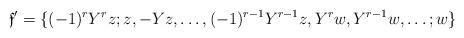
LaTeX: \begin{align*}{\mathfrak{f}}'& = \{ (-1)^rY^rz; z, -Yz, \ldots ,(-1)^{r-1}Y^{r-1}z, Y^rw, Y^{r-1}w, \ldots ; w \} \end{align*}